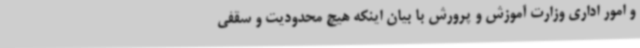
و امور اداری وزارت آموزش و پرورش با بیان اینکه هیچ محدودیت و سقفی